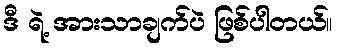
ဒီ ရဲ့ အားသာချက်ပဲ ဖြစ်ပါတယ်။